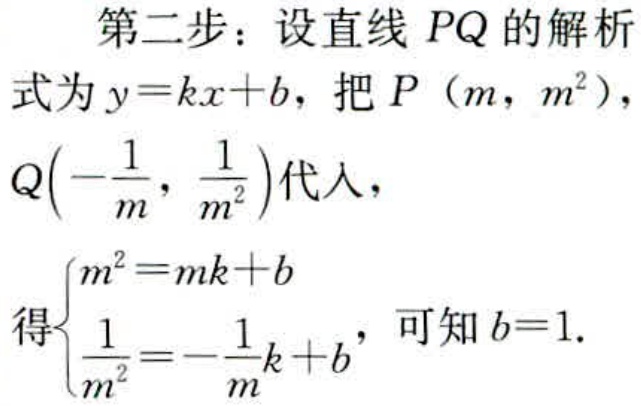
第二步：设直线 \(PQ\) 的解析式为 \(y = kx + b\)，把 \(P(m,m^{2})\)，\(Q\left(-\frac{1}{m},\frac{1}{m^{2}}\right)\) 代入，
得\(\begin{cases}m^{2}=mk + b\\\frac{1}{m^{2}}=-\frac{1}{m}k + b\end{cases}\)，可知 \(b = 1\).